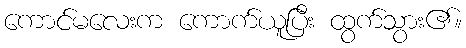
ကောင်မလေးက ကောက်ယူပြီး ထွက်သွား၏။